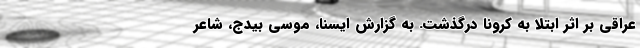
عراقی بر اثر ابتلا به کرونا درگذشت. به گزارش ایسنا، موسی بیدج، شاعر